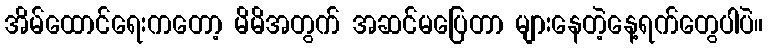
အိမ်ထောင်ရေးကတော့ မိမိအတွက် အဆင်မပြေတာ များနေတဲ့နေ့ရက်တွေပါပဲ။